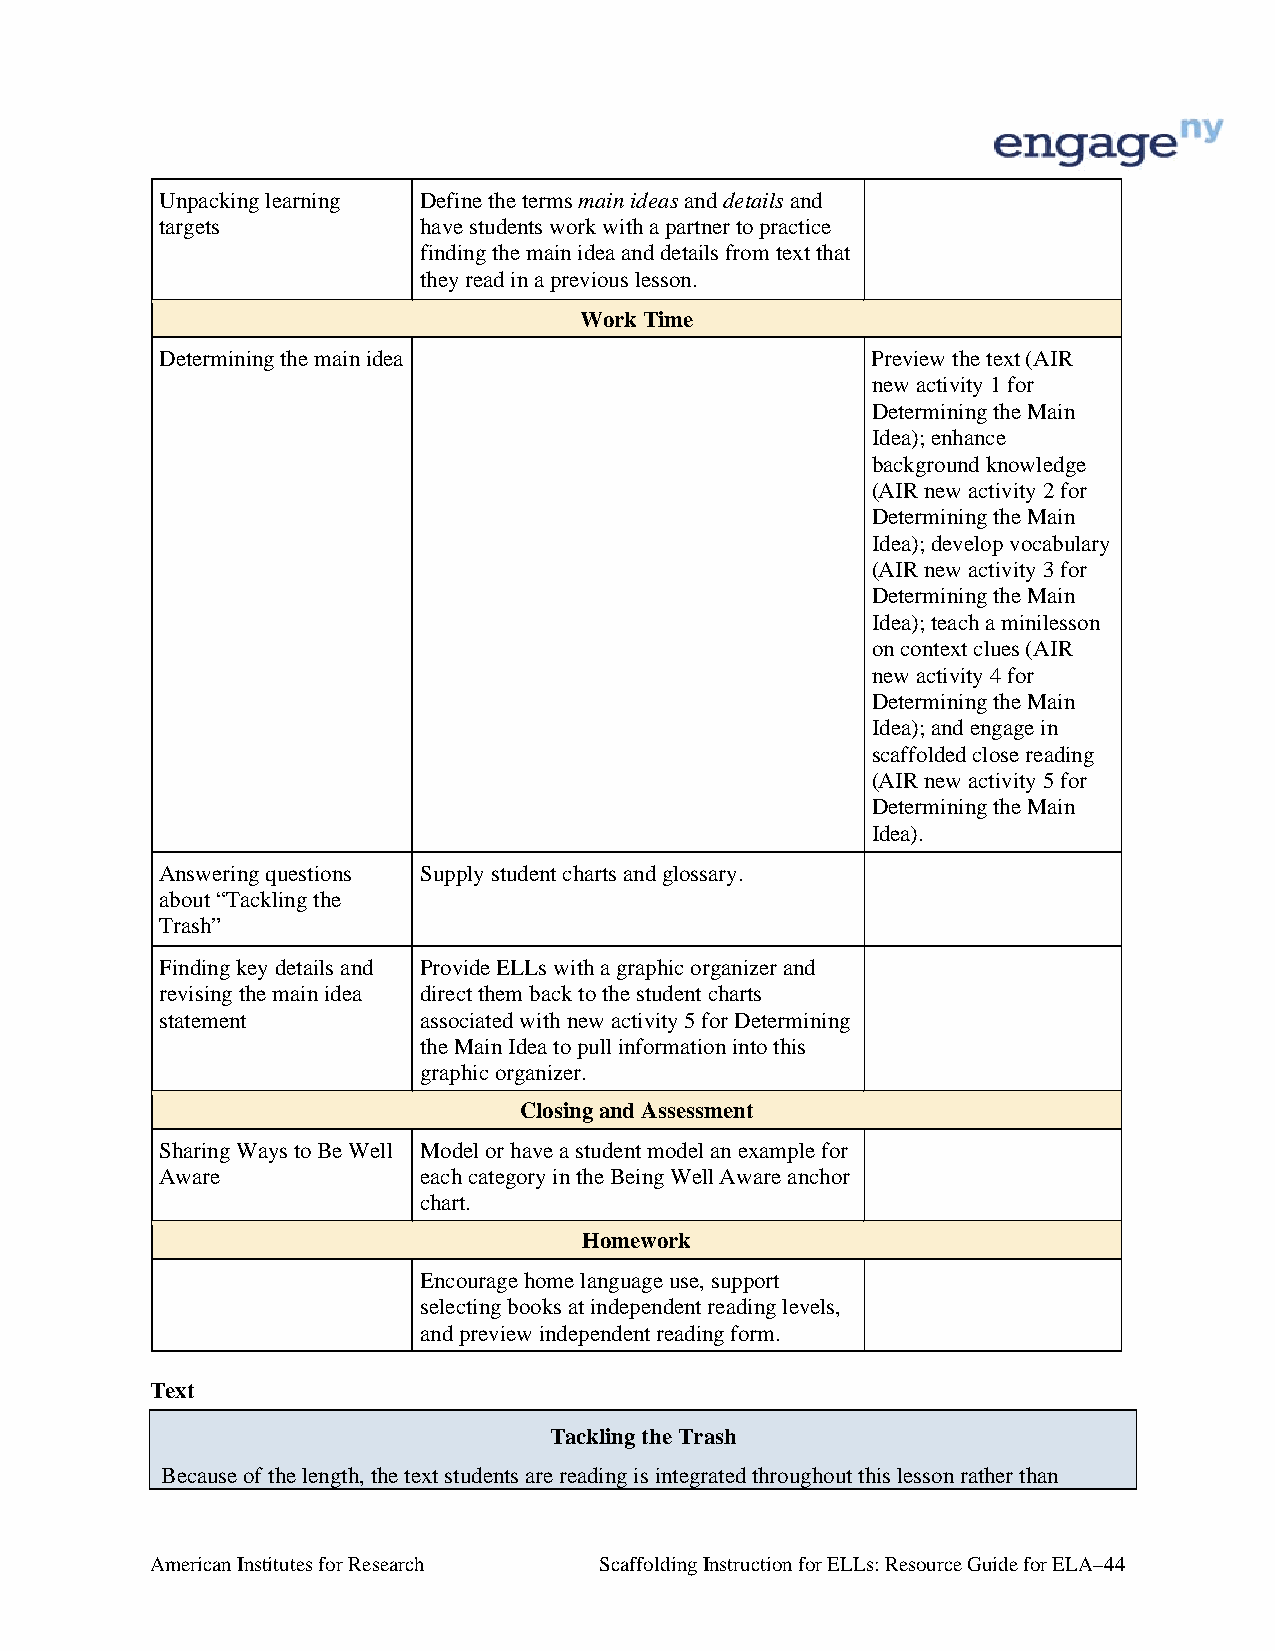
Unpacking learning Define the terms main ideas and details and
 targets          have students work with a partner to practice
 finding the main idea and details from text that
 they read in a previous lesson.
 Work Time
 Determining the main idea                      Preview the text (AIR
 new activity 1 for
 Determining the Main
 Idea); enhance
 background knowledge
 (AIR new activity 2 for
 Determining the Main
 Idea); develop vocabulary
 (AIR new activity 3 for
 Determining the Main
 Idea); teach a minilesson
 on context clues (AIR
 new activity 4 for
 Determining the Main
 Idea); and engage in
 scaffolded close reading
 (AIR new activity 5 for
 Determining the Main
 Idea).
 Answering questions Supply student charts and glossary.
 about “Tackling the
 Trash”
 Finding key details and Provide ELLs with a graphic organizer and
 revising the main idea direct them back to the student charts
 statement        associated with new activity 5 for Determining
 the Main Idea to pull information into this
 graphic organizer.
 Closing and Assessment
 Sharing Ways to Be Well Model or have a student model an example for
 Aware            each category in the Being Well Aware anchor
 chart.
 Homework
 Encourage home language use, support
 selecting books at independent reading levels,
 and preview independent reading form.
 Text
 Tackling the Trash
 Because of the length, the text students are reading is integrated throughout this lesson rather than
 American Institutes for Research Scaffolding Instruction for ELLs: Resource Guide for ELA–44